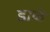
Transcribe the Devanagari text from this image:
डाळे